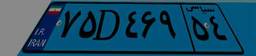
۴۸D۶۴۳۲۴